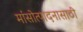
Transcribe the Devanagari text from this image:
मांसोत्पादनासाठी